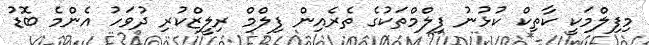
މިފިލްމަކީ ކާތިކް ކުޅުނު ފިލްމްތަކުގެ ތެރެއިން ފިލްމް ރިލީޒްކުރި ދުވަހު އެންމެ ބޮޑު